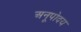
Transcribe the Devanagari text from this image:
अनूपोदय